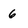
Character: 6